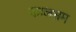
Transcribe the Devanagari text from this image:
कालभ्रम